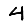
Digit: 4